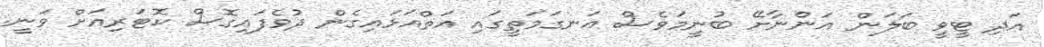
އަދި ޓީވީ ބަލަން އަންނާށޭ ބުނީމަވެސް އަނގަމަތީގައި އަތްއަޅައިގެން ދުވެފައިގޮސް ކޮޓަރިއަށް ވަނީ.